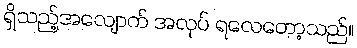
ရှိသည့်အလျောက် အလုပ် ရလေတော့သည်။